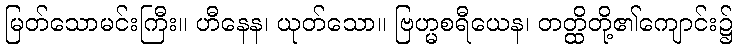
မြတ်သောမင်းကြီး။ ဟီနေန၊ ယုတ်သော။ ဗြဟ္မစရီယေန၊ တတ္ထိတို့၏ကျောင်း၌